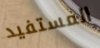
المستفيد